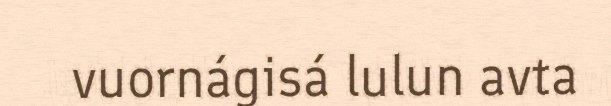
vuornágisá lulun avta